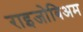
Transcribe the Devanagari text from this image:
राइजोबिअम